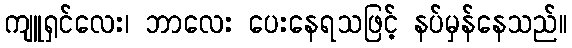
ကျူရှင်လေး၊ ဘာလေး ပေးနေရသဖြင့် နပ်မှန်နေသည်။